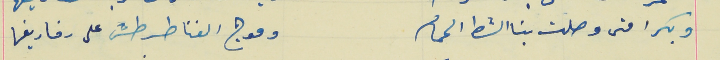
وبكرا متى وصلت بنا الشط الحمام                        وموج الغنا طرطش على رفاريفها